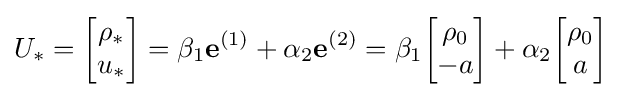
U_{*}={\begin{bmatrix}\rho _{*}\\u_{*}\end{bmatrix}}=\beta _{1}\mathbf {e} ^{(1)}+\alpha _{2}\mathbf {e} ^{(2)}=\beta _{1}{\begin{bmatrix}\rho _{0}\\-a\end{bmatrix}}+\alpha _{2}{\begin{bmatrix}\rho _{0}\\a\end{bmatrix}}